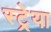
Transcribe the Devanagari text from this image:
स्ट्रेया